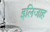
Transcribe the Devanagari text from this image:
इलिजाह